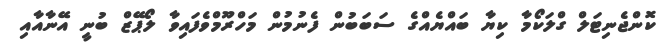
ކޮންޖެނިޓަލް ގްލަކޯމާ ކިޔާ ބައްޔެއްގެ ސަބަބުން ފެނުމުން މަހްރޫމްވެފައިވާ ލޯޕޭޒް ބުނީ އޭނާއާއި